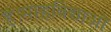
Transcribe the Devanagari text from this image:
है।माहविद्याओ